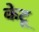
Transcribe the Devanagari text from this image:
केटू